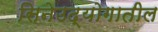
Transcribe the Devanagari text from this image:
सिनेउद्योगातील